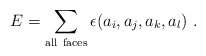
\begin{align*}E=\sum_{\rm all~faces}\epsilon(a_i,a_j,a_k,a_l)~.\end{align*}